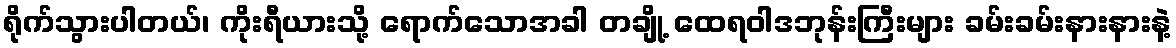
ရိုက်သွားပါတယ်၊ ကိုးရီယားသို့ ရောက်သောအခါ တချို့ ထေရဝါဒဘုန်းကြီးများ ခမ်းခမ်းနားနားနဲ့